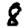
Digit: 8